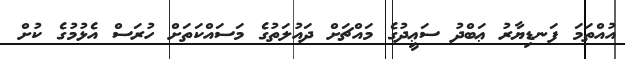
އުއްތަމަ ފަނޑިޔާރު ޢަބްދު ސަޢީދުގެ މައްޗަށް ދައުލަތުގެ މަސައްކަތަށް ހުރަސް އެޅުމުގެ ކުށް